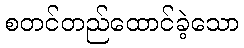
စတင်တည်ထောင်ခဲ့သော